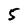
Character: 5